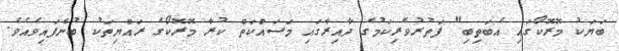
ބަޔަކު މޮރޮކޯގައި އެބަތިބި" ފަތުރުވެރިކަމުގެ ދާއިރާގައި މަސައްކަތް ކުރާ މޮރޮކޯގެ ރައްޔިތަކު ބުނެފައިވެއެވެ.